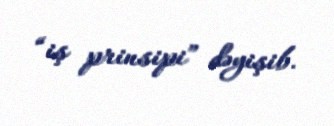
“iş prinsipi” dəyişib.